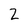
Character: 2